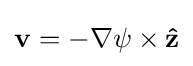
\mathbf {v} =-\nabla \psi \times \mathbf {\hat {z}}